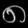
Digit: ၈